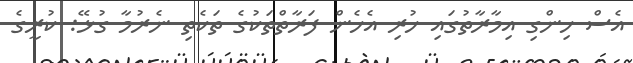
އެސް ހިންގި އިމާރާތުގައި ހުރި އެހެން ފަރާތްތަކުގެ ތަކެތި ނެރުމާ ގުޅޭ: ކުރީގެ